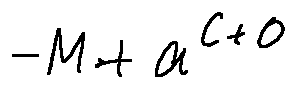
- M + a ^ { C + o }